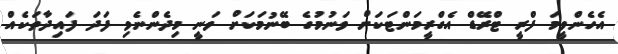
އެހެންވީމަ ފްރީ ޓްރޭޑް އެގްރީމަންޓަކަށް ވަނުމުގެ ބޭނުމަކަށް ވަނީ މިދެންނެވި ފަދަ ފައިދާތަކެއް